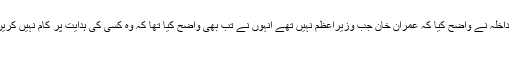
وزیر داخلہ نے واضح کیا کہ عمران خان جب وزیراعظم نہیں تھے انہوں نے تب بھی واضح کیا تھا کہ وہ کسی کی ہدایت پر کام نہیں کریں گے
۔